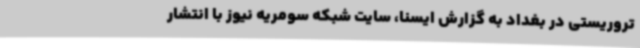
تروریستی در بغداد به گزارش ایسنا، سایت شبکه سومریه نیوز با انتشار